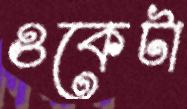
ওকেটা